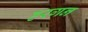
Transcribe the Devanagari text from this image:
हरगन